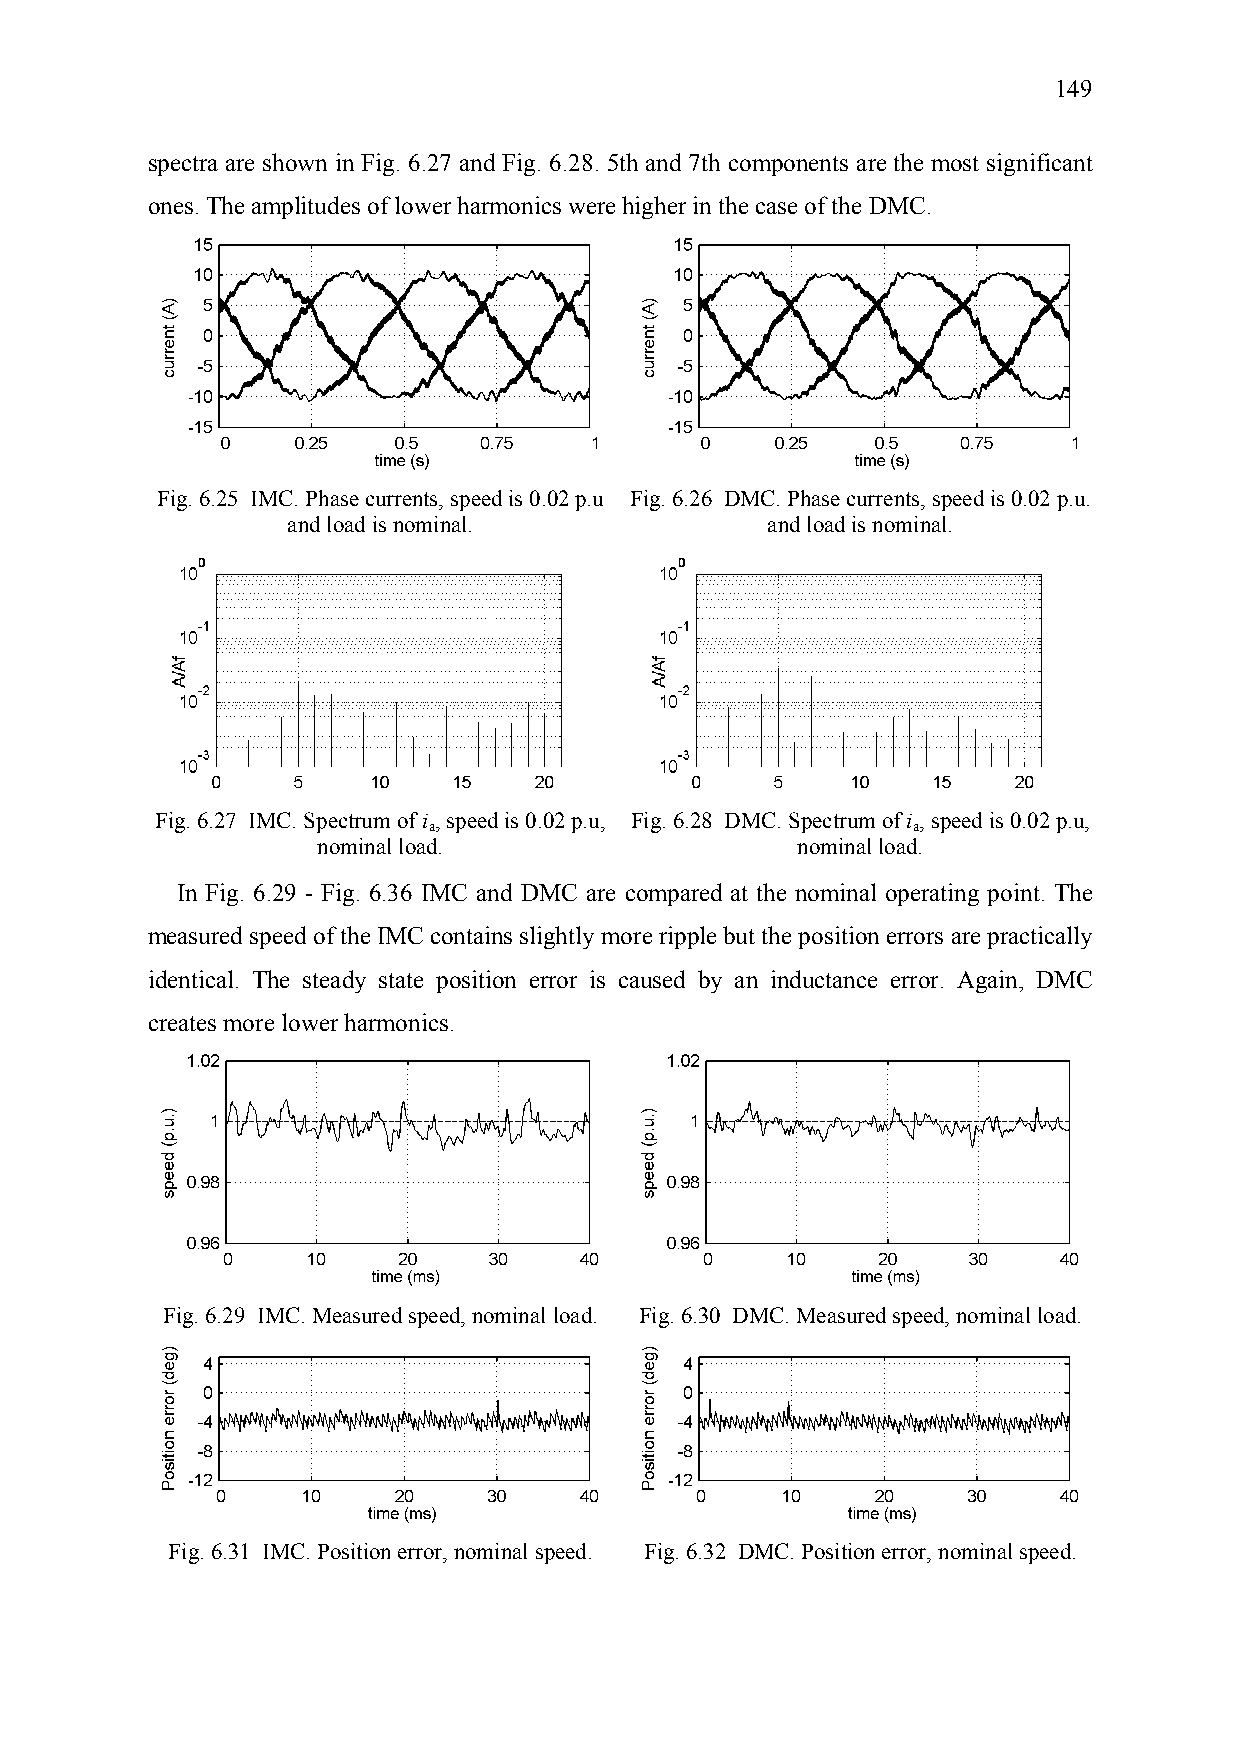
149
 spectra are shown in Fig. 6.27 and Fig. 6.28. 5th and 7th components are the most significant
 ones. The amplitudes of lower harmonics were higher in the case of the DMC.
 Fig. 6.25 IMC. Phase currents, speed is 0.02 p.u Fig. 6.26 DMC. Phase currents, speed is 0.02 p.u.
 and load is nominal.            and load is nominal.
 Fig. 6.27 IMC. Spectrum of i , speed is 0.02 p.u, Fig. 6.28 DMC. Spectrum of i , speed is 0.02 p.u,
 a                               a
 nominal load.                   nominal load.
 In Fig. 6.29 - Fig. 6.36 IMC and DMC are compared at the nominal operating point. The
 measured speed of the IMC contains slightly more ripple but the position errors are practically
 identical. The steady state position error is caused by an inductance error. Again, DMC
 creates more lower harmonics.
 Fig. 6.29 IMC. Measured speed, nominal load. Fig. 6.30 DMC. Measured speed, nominal load.
 Fig. 6.31 IMC. Position error, nominal speed. Fig. 6.32 DMC. Position error, nominal speed.